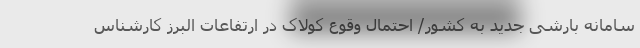
سامانه بارشی جدید به کشور/ احتمال وقوع کولاک در ارتفاعات البرز کارشناس